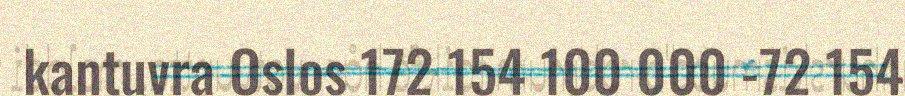
kantuvra Oslos 172 154 100 000 -72 154